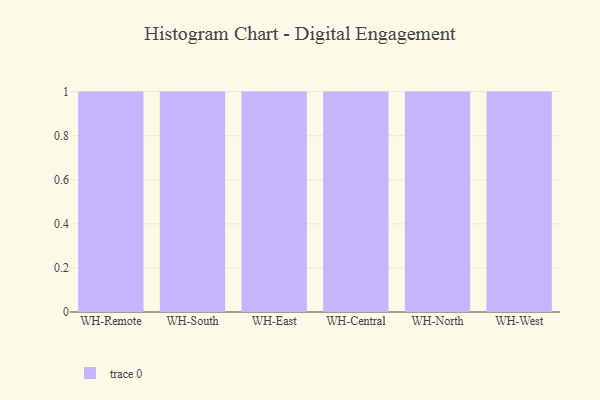
{"axis": {"x": "Warehouse", "y": "Customer Acquisition Cost (USD)"}, "legend": [""], "data": [{"x": "WH-Remote", "y": 80, "type": ""}, {"x": "WH-South", "y": 50, "type": ""}, {"x": "WH-East", "y": 78, "type": ""}, {"x": "WH-Central", "y": 57, "type": ""}, {"x": "WH-North", "y": 49, "type": ""}, {"x": "WH-West", "y": 75, "type": ""}]}